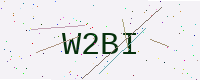
Text: W2BI